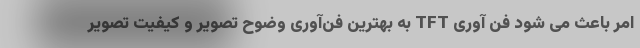
امر باعث می شود فن آوری TFT به بهترین فن‌آوری وضوح تصویر و کیفیت تصویر